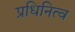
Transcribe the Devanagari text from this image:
प्रधिनित्व